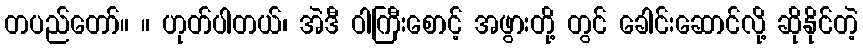
တပည်တော်။ ။ ဟုတ်ပါတယ်၊ အဲဒီ ဝါကြီးစောင့် အဖွားတို့ တွင် ခေါင်းဆောင်လို့ ဆိုနိုင်တဲ့